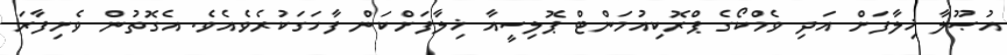
އުޞޫލާ ޚިލާފަށް އަދި ވެމްކޯގެ ޕްރޮކިއުމަންޓް ޕޮލިސީއާ ޚިލާފަށްކަން ފާހަގަކުރެވެއެވެ. އެގޮތުން ވެށިފާރަ